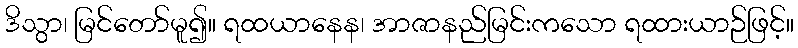
ဒိသွာ၊ မြင်တော်မူ၍။ ရထယာနေန၊ အာဇာနည်မြင်းကသော ရထားယာဉ်ဖြင့်။